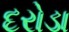
દરોડા